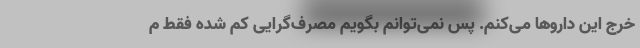
خرج این داروها می‌کنم. پس نمی‌توانم بگویم مصرف‌گرایی کم شده فقط م